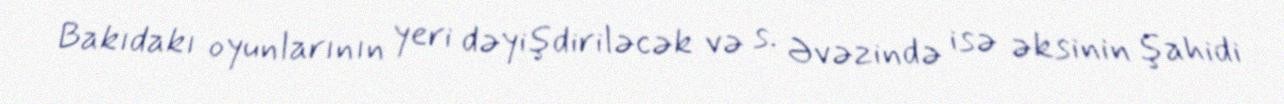
Bakıdakı oyunlarının yeri dəyişdiriləcək və s. Əvəzində isə əksinin şahidi